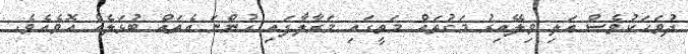
ދުވަހަކުވެސް އަލި ވިލޭއިރު މަގުތައް މަތީގައި މަރާލާފައި ހުންނަ އެތައް ބުޅަލެއް އޮވެއެވެ.